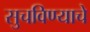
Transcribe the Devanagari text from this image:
सुचविण्याचे